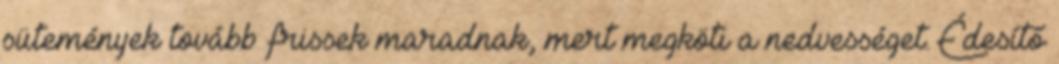
sütemények tovább frissek maradnak, mert megköti a nedvességet. Édesítő